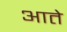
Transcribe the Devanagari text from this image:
आते